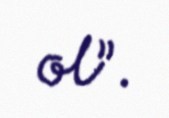
ol”.